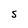
Character: S